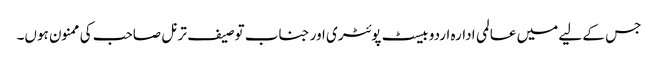
جس کے لیے میں عالمی ادارہ اردو بیسٹ پوئٹری اور جناب توصیف ترنل صاحب کی ممنون ہوں۔